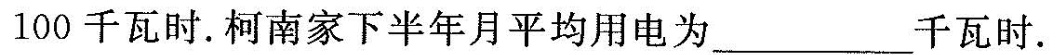
100千瓦时。柯南家下半年月平均用电为___千瓦时。